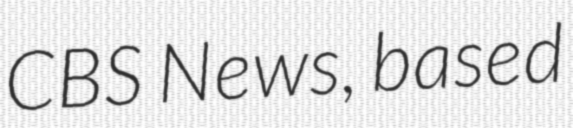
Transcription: CBS News, based